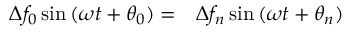
\begin{array} { r l } { \Delta f _ { 0 } \sin { ( \omega t + \theta _ { 0 } ) } = } & { { } \Delta f _ { n } \sin { ( \omega t + \theta _ { n } ) } } \end{array}